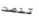
تنصت